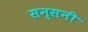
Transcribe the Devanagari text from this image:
सन्सनी